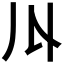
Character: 𠄓